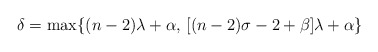
\begin{align*} \delta=\max \{(n-2)\lambda+\alpha, \, [(n-2)\sigma-2+\beta]\lambda+\alpha\} \end{align*}